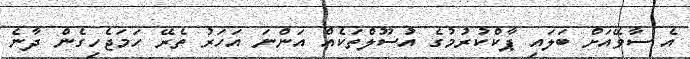
އެ ސާވޭއަށް ބަލައި ޕާކްކުރުމުގެ އުސޫލްތަކެއް އަންނަ އަހަރު ތެރޭ ހަމަޖެހިގެން ދާނެ